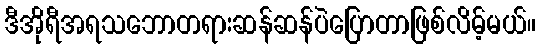
ဒီအိုရီအရသဘောတရားဆန်ဆန်ပဲပြောတာဖြစ်လိမ့်မယ်။